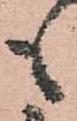
も